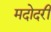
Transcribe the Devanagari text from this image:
मदोदरी